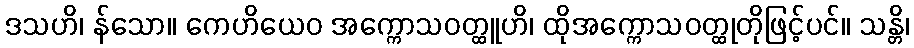
ဒသဟိ၊ န်သော။ ကေဟိယေဝ အက္ကောသဝတ္ထူဟိ၊ ထိုအက္ကောသဝတ္ထုတိုဖြင့်ပင်။ သန္တိ၊